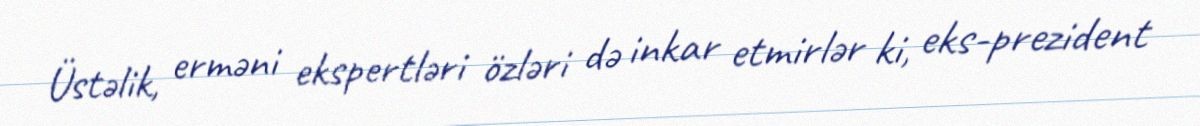
Üstəlik, erməni ekspertləri özləri də inkar etmirlər ki, eks-prezident